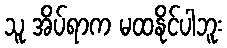
သူ အိပ်ရာက မထနိုင်ပါဘူး